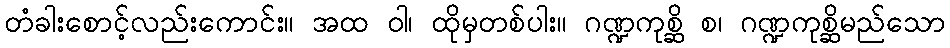
တံခါးစောင့်လည်းကောင်း။ အထ ဝါ၊ ထိုမှတစ်ပါး။ ဂဏ္ဍကုစ္ဆိ စ၊ ဂဏ္ဍကုစ္ဆိမည်သော